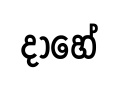
දාහේ